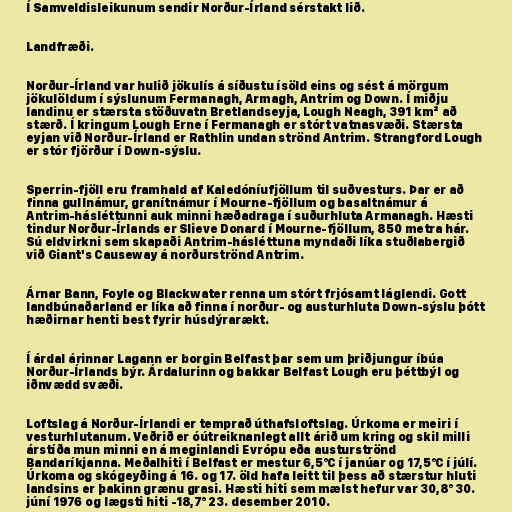
Í Samveldisleikunum sendir Norður-Írland sérstakt lið.

Landfræði.

Norður-Írland var hulið jökulís á síðustu ísöld eins og sést á mörgum
jökulöldum í sýslunum Fermanagh, Armagh, Antrim og Down. Í miðju
landinu er stærsta stöðuvatn Bretlandseyja, Lough Neagh, 391 km² að
stærð. Í kringum Lough Erne í Fermanagh er stórt vatnasvæði. Stærsta
eyjan við Norður-Írland er Rathlin undan strönd Antrim. Strangford Lough
er stór fjörður í Down-sýslu.

Sperrin-fjöll eru framhald af Kaledóníufjöllum til suðvesturs. Þar er að
finna gullnámur, granítnámur í Mourne-fjöllum og basaltnámur á
Antrim-hásléttunni auk minni hæðadraga í suðurhluta Armanagh. Hæsti
tindur Norður-Írlands er Slieve Donard í Mourne-fjöllum, 850 metra hár.
Sú eldvirkni sem skapaði Antrim-hásléttuna myndaði líka stuðlabergið
við Giant's Causeway á norðurströnd Antrim.

Árnar Bann, Foyle og Blackwater renna um stórt frjósamt láglendi. Gott
landbúnaðarland er líka að finna í norður- og austurhluta Down-sýslu þótt
hæðirnar henti best fyrir húsdýrarækt.

Í árdal árinnar Lagann er borgin Belfast þar sem um þriðjungur íbúa
Norður-Írlands býr. Árdalurinn og bakkar Belfast Lough eru þéttbýl og
iðnvædd svæði.

Loftslag á Norður-Írlandi er temprað úthafsloftslag. Úrkoma er meiri í
vesturhlutanum. Veðrið er óútreiknanlegt allt árið um kring og skil milli
árstíða mun minni en á meginlandi Evrópu eða austurströnd
Bandaríkjanna. Meðalhiti í Belfast er mestur 6,5°C í janúar og 17,5°C í júlí.
Úrkoma og skógeyðing á 16. og 17. öld hafa leitt til þess að stærstur hluti
landsins er þakinn grænu grasi. Hæsti hiti sem mælst hefur var 30,8° 30.
júní 1976 og lægsti hiti -18,7° 23. desember 2010.